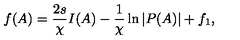
f ( A ) = \frac { 2 s } { \chi } I ( A ) - \frac { 1 } { \chi } \ln { | P ( A ) | } + f _ { 1 } ,